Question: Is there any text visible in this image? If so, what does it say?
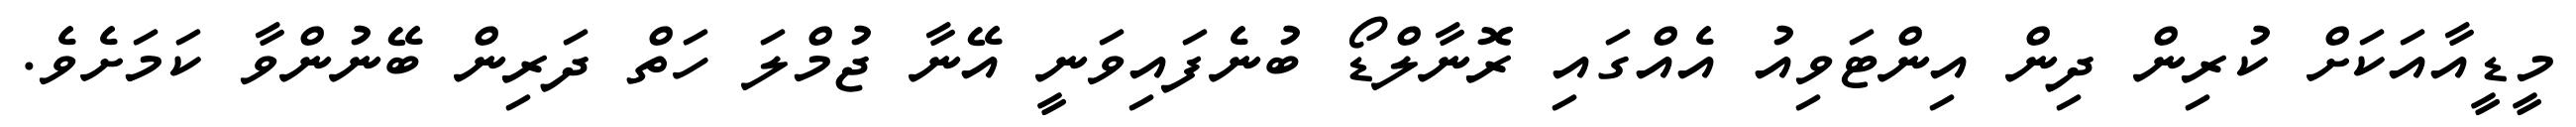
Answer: މީޑީއާއަކަށް ކުރިން ދިން އިންޓަވިއު އެއްގައި ރޮނާލްޑޯ ބުނެފައިވަނީ އޭނާ ޖުމްލަ ހަތް ދަރިން ބޭނުންވާ ކަމަށެވެ.